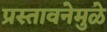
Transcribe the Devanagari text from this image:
प्रस्तावनेमुळे